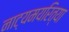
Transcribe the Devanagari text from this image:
नाट्यमयरित्या